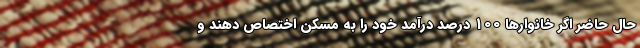
حال حاضر اگر خانوارها 100 درصد درآمد خود را به مسکن اختصاص دهند و